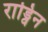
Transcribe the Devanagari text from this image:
राड्विन